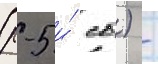
(р-5 и́ сб) -